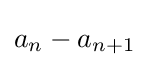
a_{n}-a_{n+1}